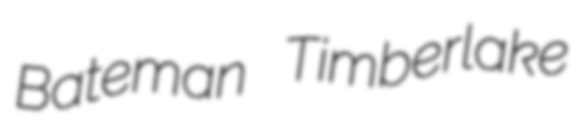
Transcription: Bateman Timberlake